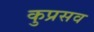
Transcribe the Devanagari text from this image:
कुप्रसव